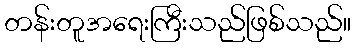
တန်းတူအရေးကြီးသည်ဖြစ်သည်။